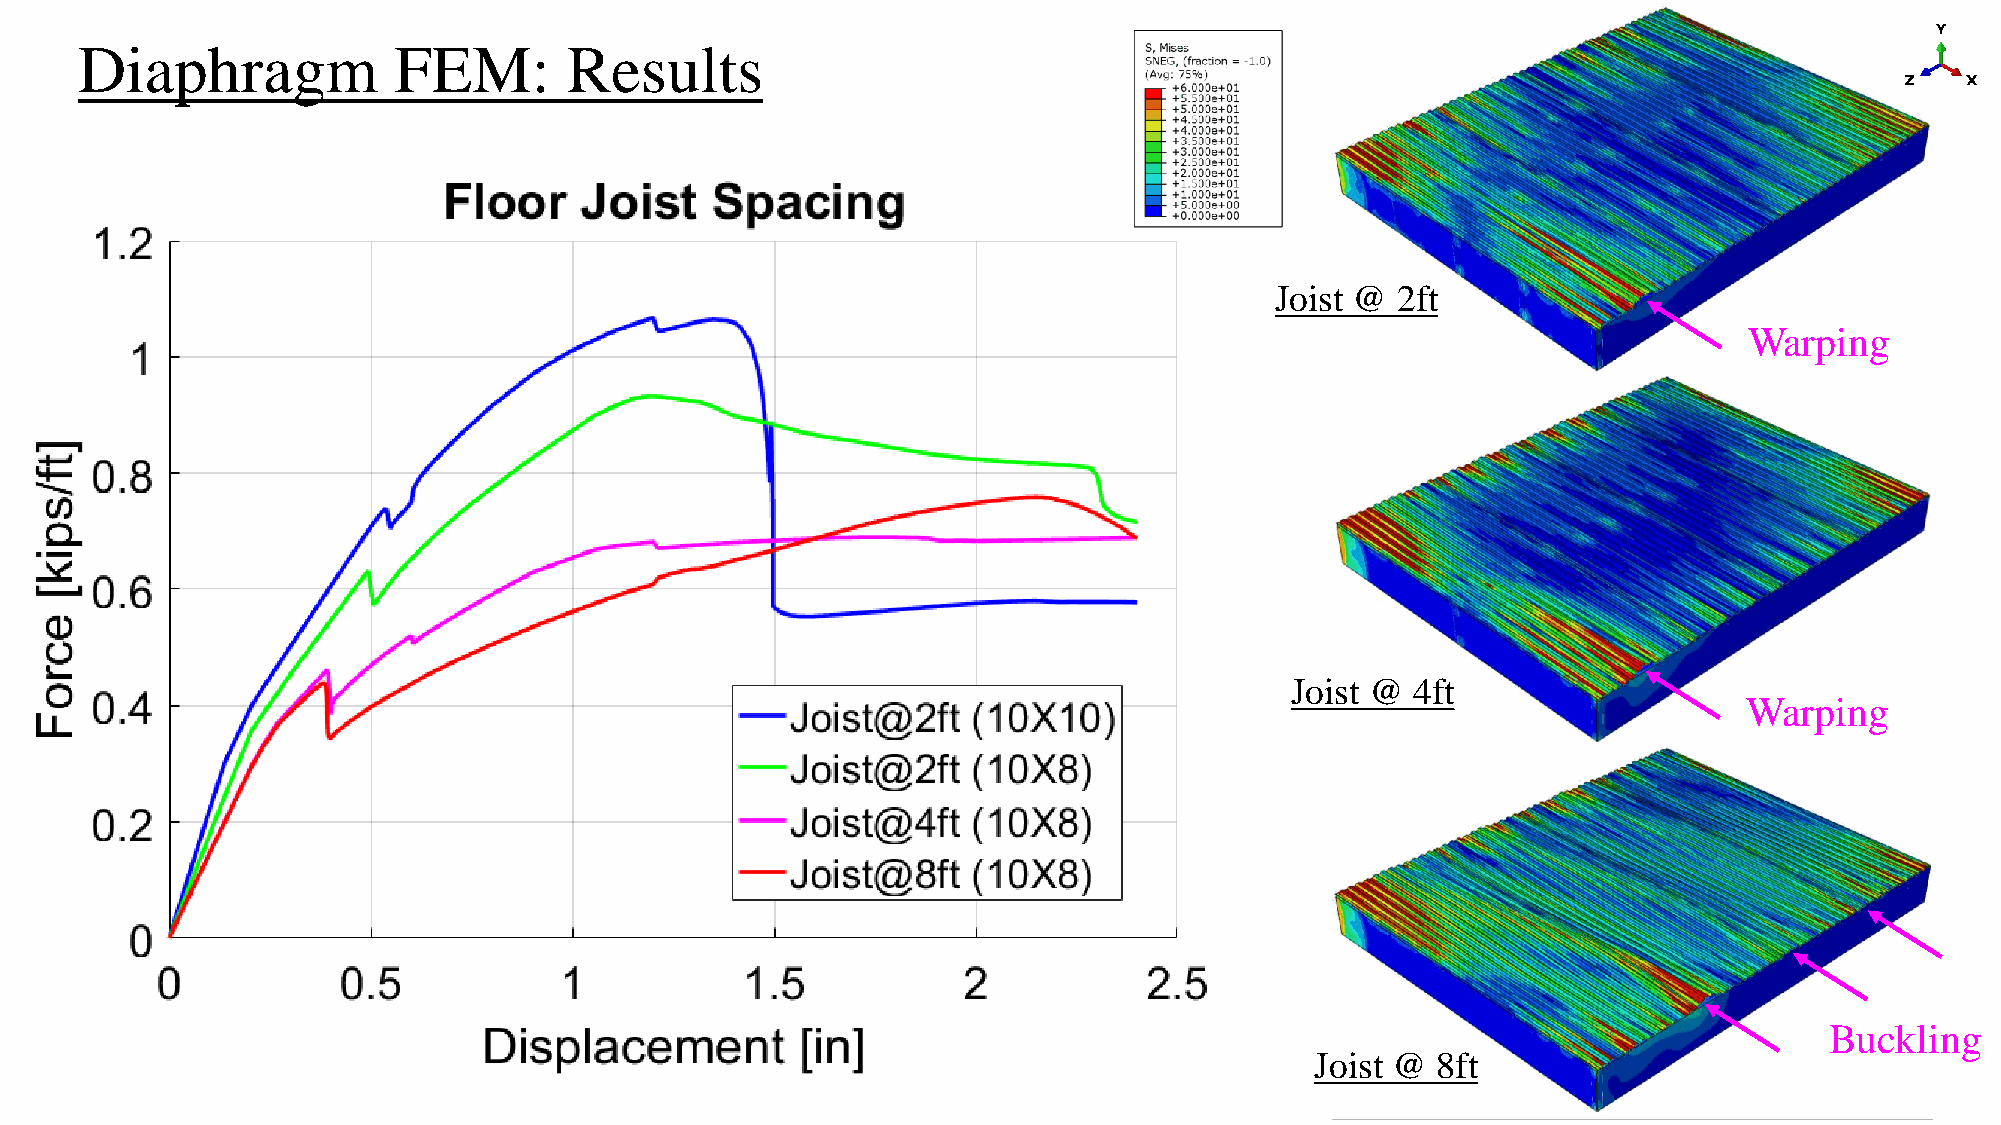
Diaphragm            FEM:        Results
 Joist @ 2ft
 Warping
 Joist @  4ft
 Warping
 Buckling
 Joist @ 8ft